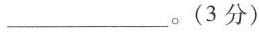
___。(3分）